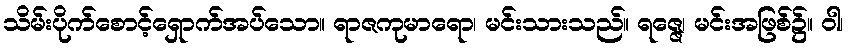
သိမ်းပိုက်စောင့်ရှောက်အပ်သော။ ရာဇကုမာရော၊ မင်းသားသည်။ ရဇ္ဇေ၊ မင်းအဖြစ်၌။ ဝါ၊